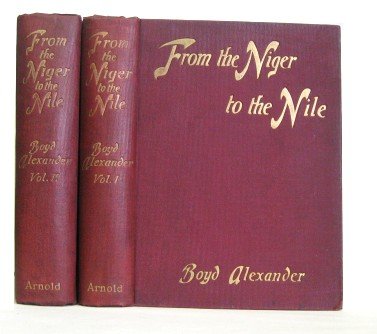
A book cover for From the Niger to the Nile,; Boyd Alexander; Travel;